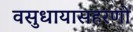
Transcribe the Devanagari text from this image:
वसुधायासहरणो